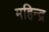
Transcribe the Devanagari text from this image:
महिन्द्र